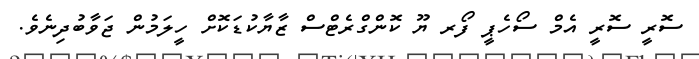
ސޮރީ ސޮރީ އެމް ސޯހެޕީ ފޯރ ޔޫ ކޮންގްރެޓްސް ޒާޔާކުޑަކޮށް ހީލަމުން ޖަވާބުދިނެވެ.